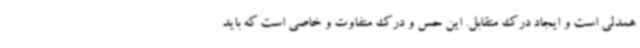
همدلی است و ایجاد درک متقابل. این حس و درک متفاوت و خاصی است که باید